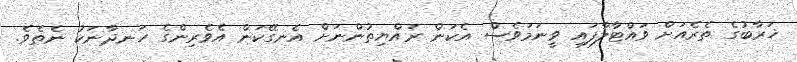
ޚަރާބުގެ ތެރެއަށް ވައްޓާލާފައި ވީނަމަވެސް އެކަން ރައްޔިތުންނަށް އެނގޭކަން އެވެރިންގެ ހަނދާނަކު ނެތެވެ.